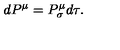
d P ^ { \mu } = P _ { \sigma } ^ { \mu } d \tau .